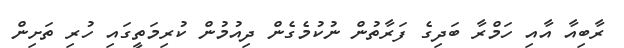
ރާބިއާ އާއި ހަމްރާ ބަދިގެ ފަރާތުން ނުކުމެގެން ދިއުމުން ކުރިމަތީގައި ހުރި ތަށިން